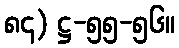
၈၄) ဋ္ဌ-၅၅-၅၆။